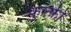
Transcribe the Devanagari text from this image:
कुल्फ़ी